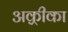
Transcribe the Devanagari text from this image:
अक़्रीका